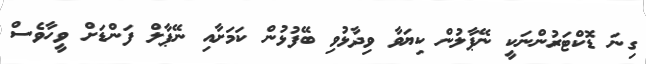
ގިނަ ޑޮކްޓަރުންނަކީ ނޭޕާލުން ކިޔަވާ ވިދާޅުވި ބޭފުޅުން ކަމަށާއި ނޭޕާލް ފަންޑަށް ވީހާވެސް